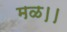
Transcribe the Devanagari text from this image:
मळ।।